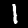
Label: 1